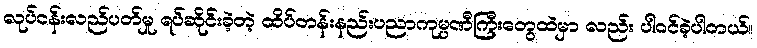
လုပ်ငန်းလည်ပတ်မှု ရပ်ဆိုင်းခဲ့တဲ့ ထိပ်တန်းနည်းပညာကုမ္ပဏီကြီးတွေထဲမှာ လည်း ပါဝင်ခဲ့ပါတယ်။